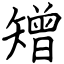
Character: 矰